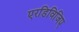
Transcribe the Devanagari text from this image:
एरडिविजिए